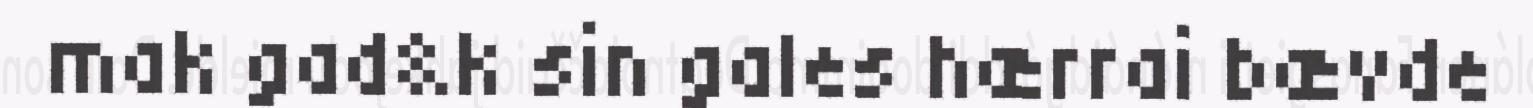
mak gad&k sin gales hærrai bævde